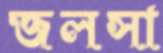
জলসা